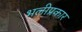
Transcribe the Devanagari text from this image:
भलीप्रकार